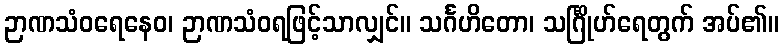
ဉာဏသံဝရေနေဝ၊ ဉာဏသံဝရဖြင့်သာလျှင်။ သင်္ဂဟိတော၊ သင်္ဂြိုဟ်ရေတွက် အပ်၏။